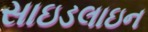
સાઇડલાઇન